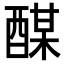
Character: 䤂